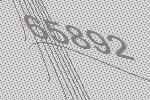
65892